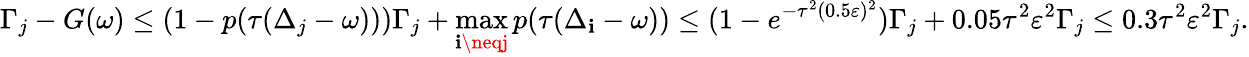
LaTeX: \Gamma_{j}-G(\omega)\leq(1-p(\tau(\Delta_{j}-\omega)))\Gamma_{j}+\operatorname*{max}_{\mathbf{i}\neqj}p(\tau(\Delta_{\mathbf{i}}-\omega))\leq(1-e^{-\tau^{2}(0.5\varepsilon)^{2}})\Gamma_{j}+0.05\tau^{2}\varepsilon^{2}\Gamma_{j}\leq0.3\tau^{2}\varepsilon^{2}\Gamma_{j}.